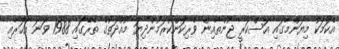
އެކަމަކު މިޔަންމާގައި އަސްކަރީ ޖުންތާއިން ވެރިކަންކުރަމުންދިޔަ މުއްދަތުގެ ތެރޭގައި 1988 ވަނަ އަހަރާއި